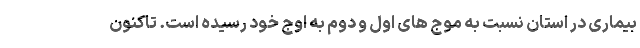
بیماری در استان نسبت به موج های اول و دوم به اوج خود رسیده است. تاکنون